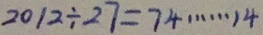
2 0 1 2 \div 2 7 = 7 4 \cdots 1 4